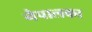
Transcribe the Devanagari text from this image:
नैपालका